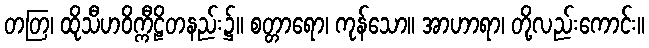
တတြ၊ ထိုသီဟဝိက္ကီဠိတနည်း၌။ စတ္တာရော၊ ကုန်သော။ အာဟာရာ၊ တို့လည်းကောင်း။